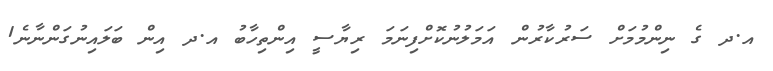
އ.ދ ގެ ނިންމުމަށް ސަރުކާރުން އަމަލުނުކޮށްފިނަމަ ރިޔާސީ އިންތިހާބު އ.ދ އިން ބަލައިނުގަންނާނެ1